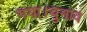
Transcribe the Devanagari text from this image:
गया।चुनाव